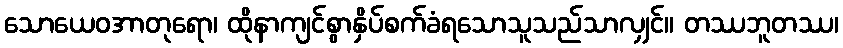
သောယေဝအာတုရော၊ ထိုနာကျင်စွာနှိပ်စက်ခံရသောသူသည်သာလျှင်။ တဿဘူတဿ၊